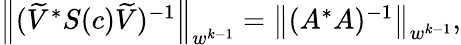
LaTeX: \begin{array}{r}{\left\lVert(\widetilde{V}^{*}S(c)\widetilde{V})^{-1}\right\rVert_{w^{k-1}}=\left\lVert(A^{*}A)^{-1}\right\rVert_{w^{k-1}},}\end{array}